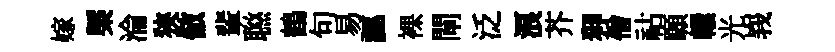
嫁槩淪狹倣輩聮鶴句易誣裸閘泛浪芥狎僧祜願轘光峩